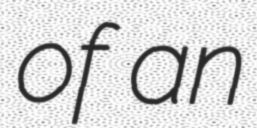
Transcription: of an